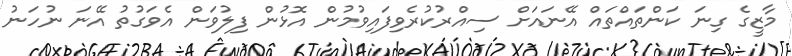
މާޒީގެ ގިނަ ކަންތައްތައް އޭނައަށް ސިއްރުކުރެވިފައިވުމުން އޮޅުން ފިލުވަން އެވަގުތު އޭނަ ނުހަނު